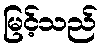
မြင့်သည်